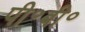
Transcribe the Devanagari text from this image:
पी॰बी॰